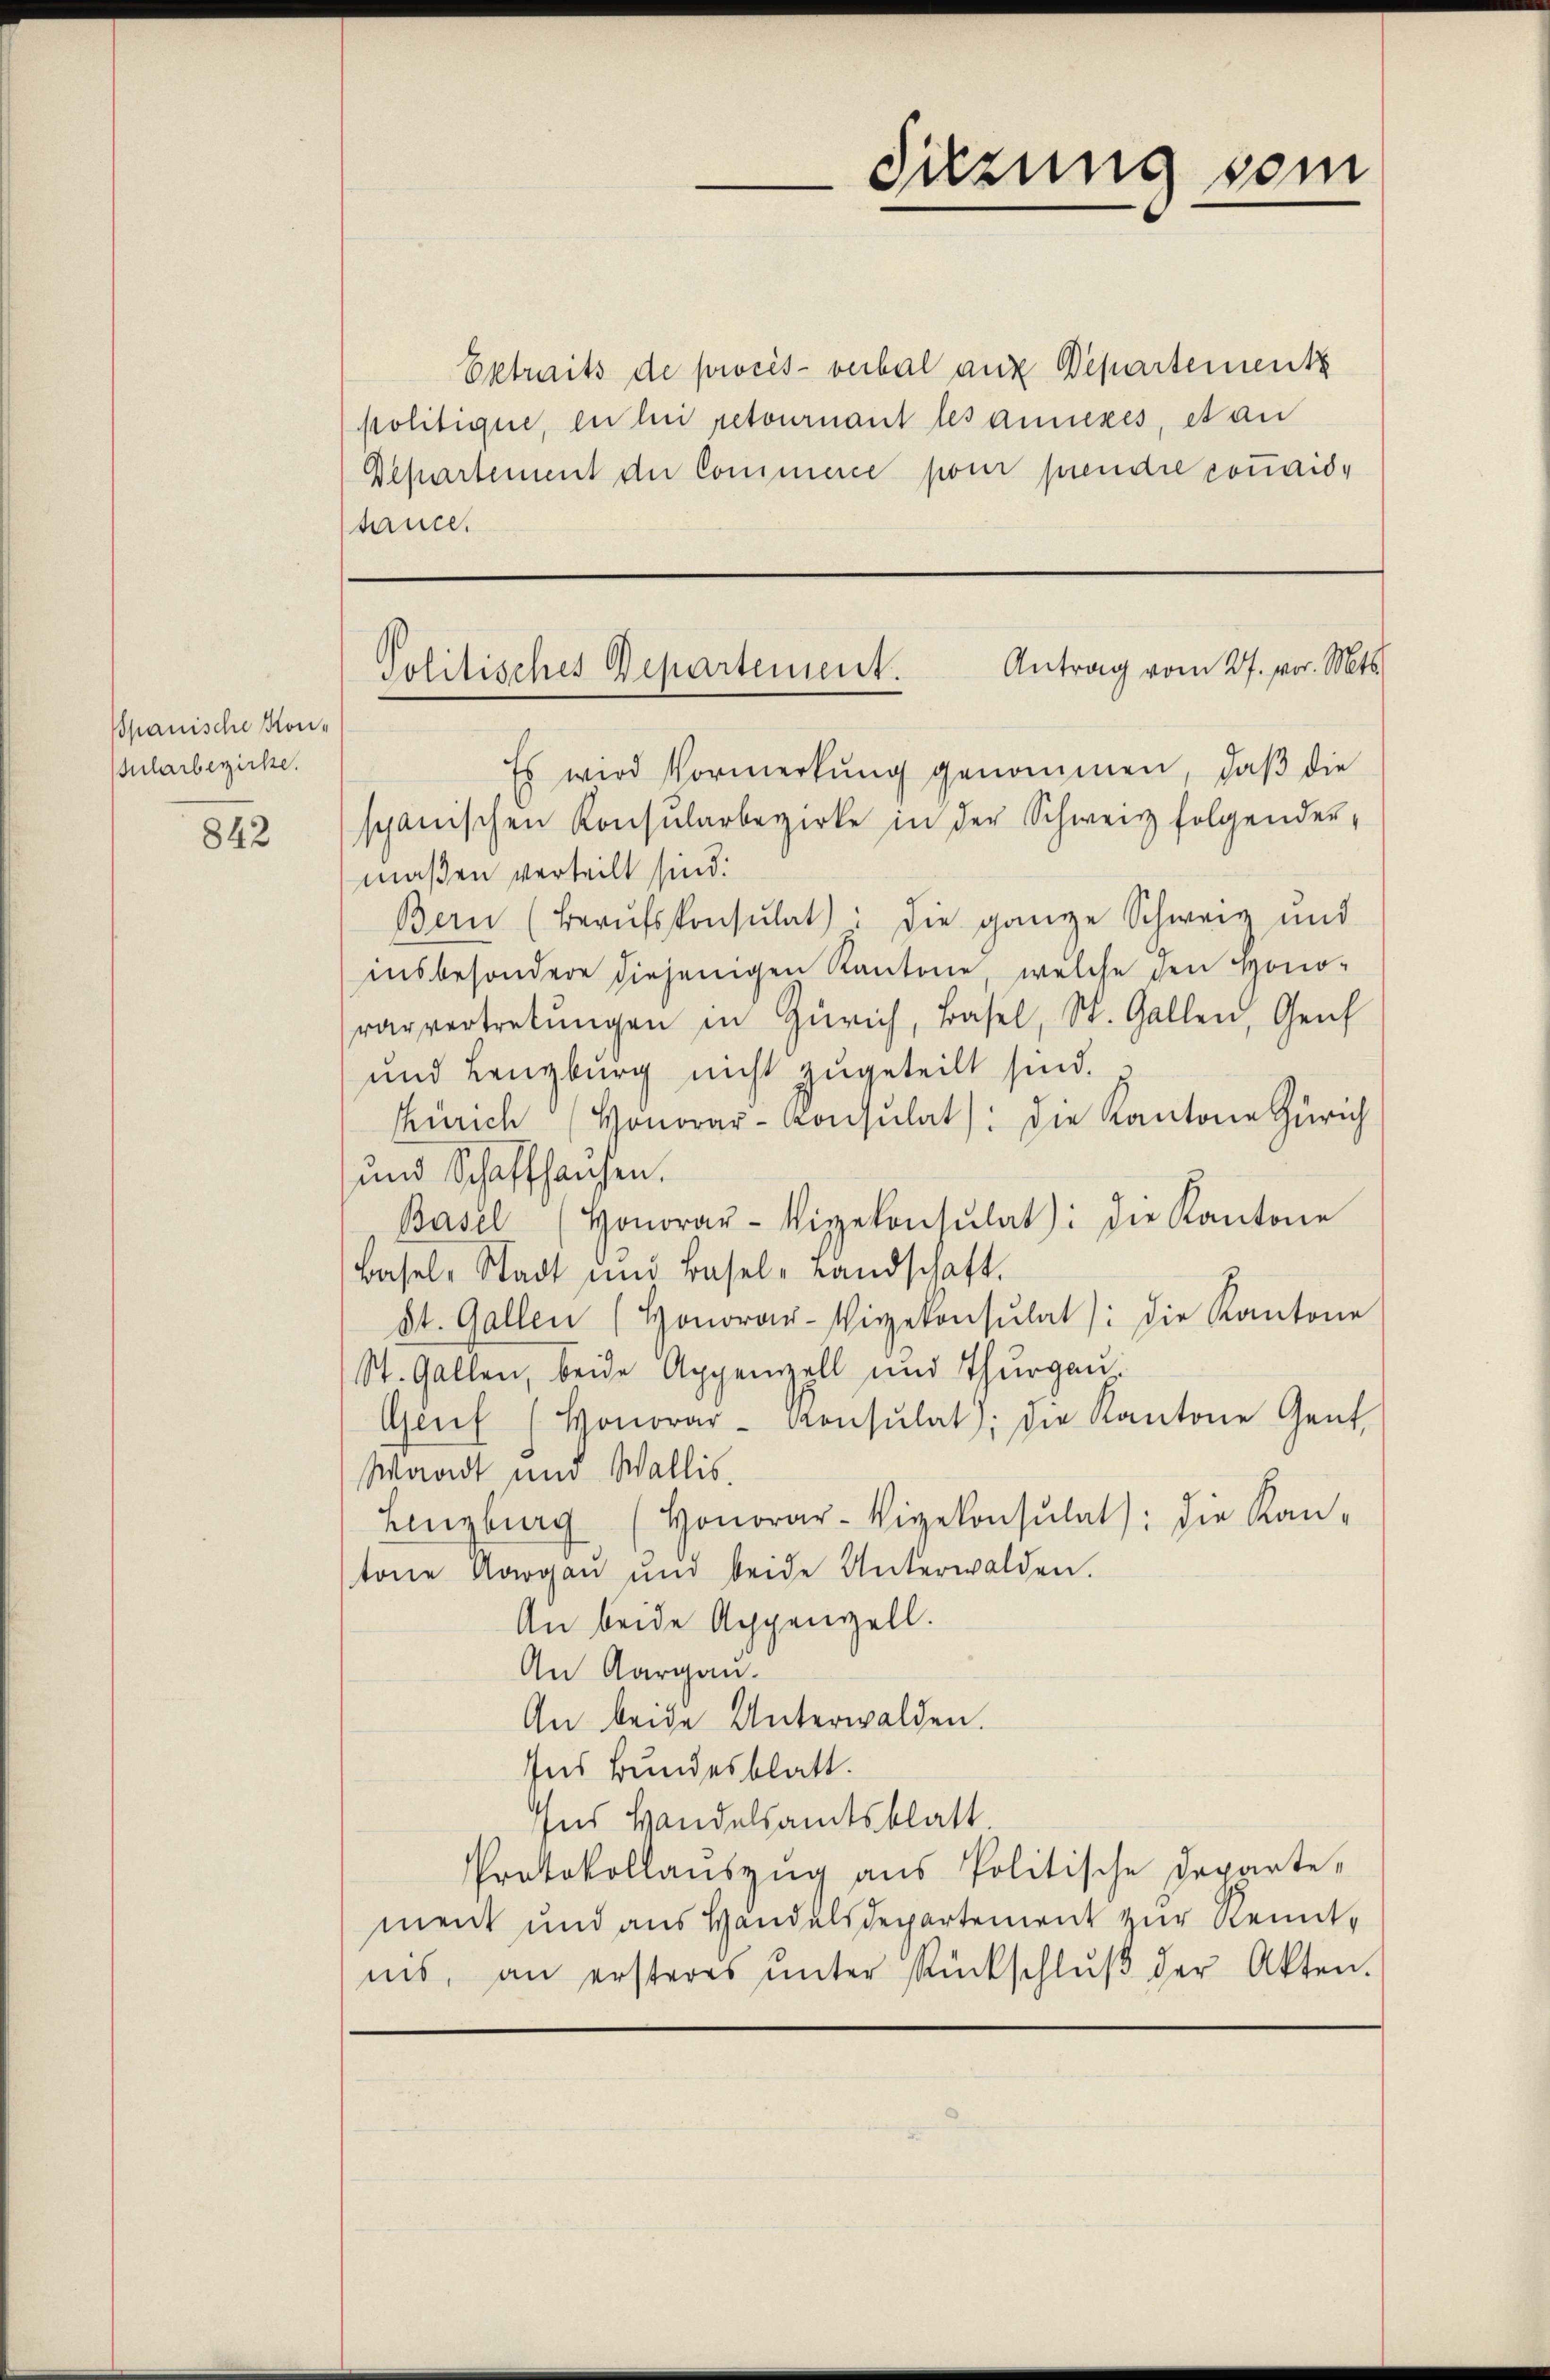
Spanische Kon-
Jularbezirke.

842

Extraits de procès-verbal aux Departement
politique, en bei retournant les amickes, et au
Departement der Commerce pour prendre courishauce.

Sitzung vom

Antrag vom 27. vor. Mts.
Politisches Departement.

Es wird Vormerkung genommen, daß die
spanischen Konsularbezirke in der Schweiz folgender-
maßen verteilt sind.
Bern (Berŭfskonsŭlat: die ganze Schweiz und
insbesondere diejenigen Kantone, welche den Hono-
rarvertretŭngen in Zürich, Basel, St. Gallen, Genf
und Lenzburg nicht zugeteilt sind.
Zürich (Honorar-Consulat: die Kantone Zürich
und Schaffhausen.
Basel (Honorar-Vizekonsŭlat: die Kantone
Basel-Stadt und Basel-Landschaft.
St. Gallen (Honorar-Vizekonsulat: die Kantone
St. Gallen, beide Appenzell und Thurgau,
Genf (Honorar-Konsŭlat); die Kantone Gant
Waadt und Wallis.
Lenzburg (Honorar-Vizekonsulat: die Kan-
tone Aargau und beide Unterwalden.
An beide Appenzell.
An Aargau.
An beide Unterwalden.
Ins Bundesblatt.
Ins Handelsamtsblatt.
Protokollaŭszŭg aŭs Politische Departe-
ment und aus Handelsdepartement zur Renntins, an ersteres ŭnter Rückschlŭβ der Akten.